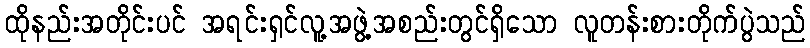
ထိုနည်းအတိုင်းပင် အရင်းရှင်လူ့အဖွဲ့အစည်းတွင်ရှိသော လူတန်းစားတိုက်ပွဲသည်